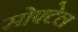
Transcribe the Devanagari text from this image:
सोफ्टेल